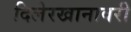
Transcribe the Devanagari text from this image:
दिलेरखानावरी